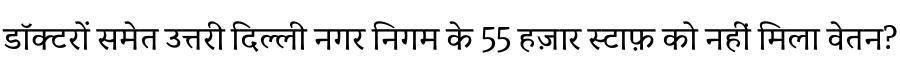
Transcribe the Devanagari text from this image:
डॉक्टरों समेत उत्तरी दिल्ली नगर निगम के 55 हज़ार स्टाफ़ को नहीं मिला वेतन?